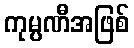
ကုမ္ပဏီအဖြစ်